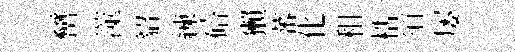
巒澨貂練碚獺蕃化租梏須屡